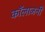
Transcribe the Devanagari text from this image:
कॉलाजनी